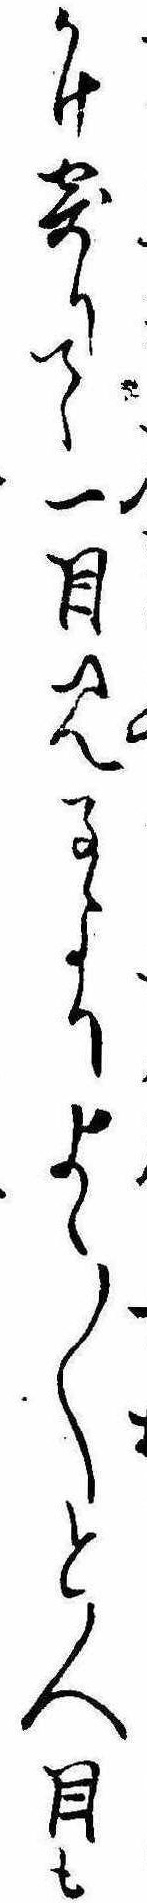
かけ寄りて一目見るよりよゝ〱と人目も